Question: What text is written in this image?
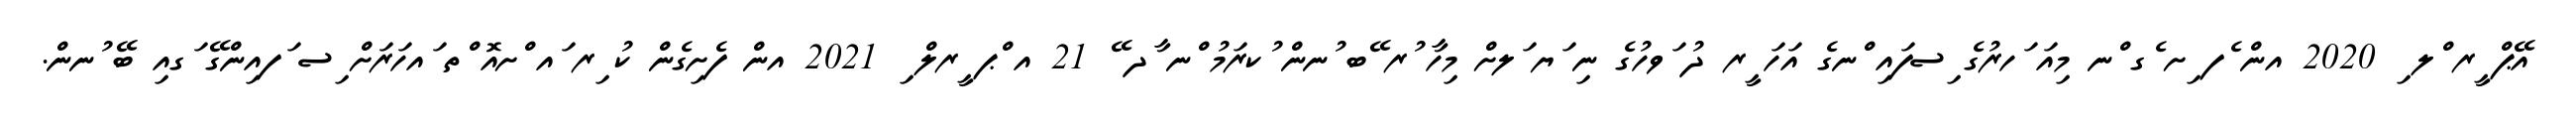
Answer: އޭޕް ީރ ްލ ި 2020 އން ެފ ިށ ެގ ްނ މިއަ ަހރުގެ ިސފައި ްނގެ އަހަ ީރ ދު ަވހުގެ ނި ަޔ ަލށް މިހާ ުރ ޭބ ުނން ުކރަމު ްނ ާދ ޭ 21 އ ްޕ ީރލް ި 2021 އން ފެށިގެން ކު ިރ ައ ްށއޮ ްތ ައހަރަށް ިސ ަފއިންގޭ ަގއި ބޭ ުނން.